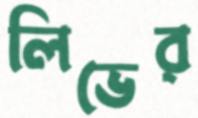
লিভের